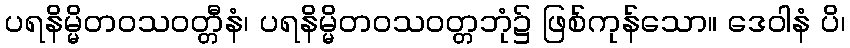
ပရနိမ္မိတဝသဝတ္တီနံ၊ ပရနိမ္မိတဝသဝတ္တဘုံ၌ ဖြစ်ကုန်သော။ ဒေဝါနံ ပိ၊